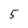
Character: 5